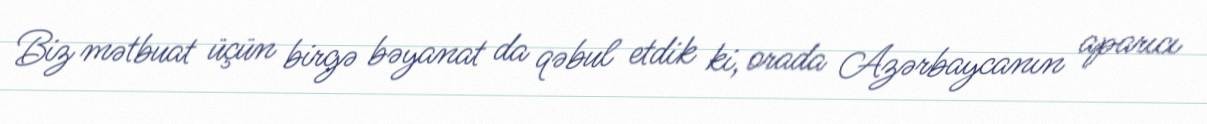
Biz mətbuat üçün birgə bəyanat da qəbul etdik ki, orada Azərbaycanın aparıcı